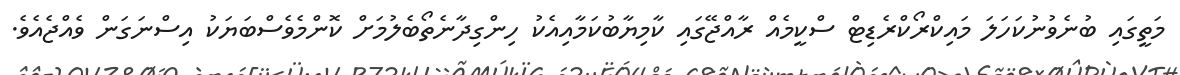
މަތީގައި ބުނެވުނުކަހަލަ މައިކްރޯކްރެޑިޓް ސްކީމެއް ރާއްޖޭގައި ކާމިޔާބުކަމާއިއެކު ހިންގިދާނެތޯބެލުމަށް ކޮންމެވެސްބަޔަކު އިސްނަގަން ވެއްޖެއެވެ.